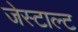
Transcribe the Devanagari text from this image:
जेस्टाल्ट